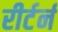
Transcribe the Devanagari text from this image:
रीर्टर्न